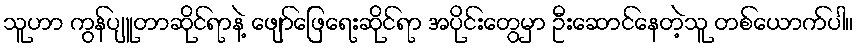
သူဟာ ကွန်ပျူတာဆိုင်ရာနဲ့ ဖျော်ဖြေရေးဆိုင်ရာ အပိုင်းတွေမှာ ဦးဆောင်နေတဲ့သူ တစ်ယောက်ပါ။